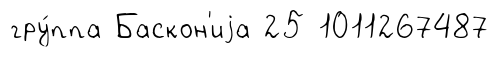
гру́ппа Баскон'иjа 25 1011267487